Leaving Certificate Examination, 1912
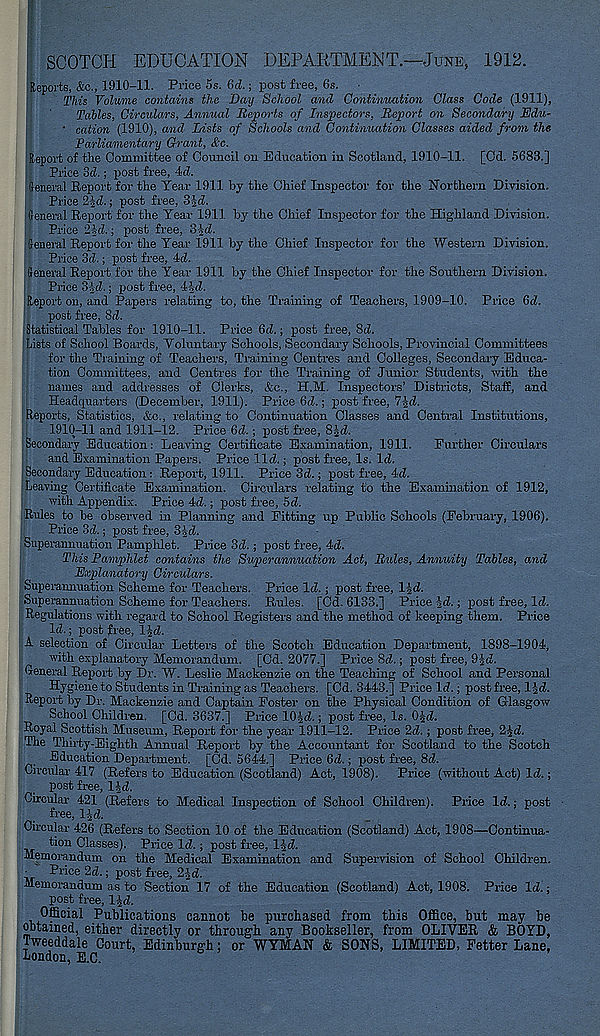
SCOTCH EDUCATION DEPARTMENT.—June, 1912.
Reports, &c., 1910-11. Price 5s. 6d.; post free, 6s.
This Volume contains the Day School and Continuation Class Code (1911),
Tables, Circulars, Annual Reports of Inspectors, Report on Secondary Edu-
• cation (1910), and Lists of Schools and Continuation Classes aided from the
Parliamentary Grant, &c.
Report of the Committee of Council on Education in Scotland, 1910-11. [Cd. 5683.]
Price 3d.; post free, 4d.
Seneral Report for the Tear 1911 by the Chief Inspector for the Northern Division.
Price 2id.; post free, 3id.
(feneral Report for the Year 1911 by the Chief Inspector for the Highland Division.
Px-iee ihd.; post free, 3i-d.
fteneral Report for the Tear 1911 by the Chief Inspector for the Western Division.
Pxice 3d.; post free, 4d.
fieneral Report for the Year 1911 by the Chief Inspector for the Southern Division.
Pi-ice 3id.; post free, lid.
Report on, and Papers relating to, the (training of Teachers, 1909-10. Pi-ice 6d,
post free, 8d.
Statistical Tables for 1910-11. Pi-ice 6d.; post fx-ee, 8d.
Lists of School Boards, Voluntary Schools, Secondary Schools, Provincial Committees
for the Training of Teachers, Ti-aining Centres and Colleges, Secondary Edxica-
tion Committees, and Centres for the Training of Junior Students, with the
names and addx-esses of Clerks, &c., H.M. Inspectors’ Districts, Staff, and
Headquarters (December, 1911). Price 6d.; post fi-ee, 7Jd.
Reports, Statistics, &c., relating to Continuation Classes and Central Institutions,
1910-11 and 1911-12. Price 6d.; post free, 83d.
Secondary Education: Leaving Certificate Examination, 1911. Further Circulars
and Examination Papers. Pi-ice lid.; post fx-ee, Is. Id.
Secondary Education: Report, 1911. Price 3d.; post fx-ee, 4d.
Leaving Cei-tificate Examination. Circulars x-elating to the Examination of 1912,
with Appendix. Price 4d.; post fx-ee, 5d.
Rules to be observed in Planning and Fitting up Public Schools (February, 1906).
Price 3d.; post free, SJd.
Superannuation Pamphlet. Pi-ice 3d.; post free, 4d.
This Pamphlet contains the Superannuation Act, Rules, Annuity Tables, and
Explanatory Circulars.
Superannuation Scheme for Teachers. Price Id.; post fx-ee, l^d.
Superannuation Scheme for Teachers. B,ules. [Cd. 6133.] Price Jd.; post free, Id.
Regulations with regard to School Registers and the method of keeping them. Price
Id.; post fi-ee, IJd.
A selection of Circular Letters of the Scotch Education Department, 1898-1904,
with explanatory Memorandum. [Cd. 2077.] Price 8d.; post free, 9§d.
G-enex-al Report by Dr. W. Leslie Mackenzie on the Teaching of School and Pex-sonal
Hygiene to Students in Ti-aining as Teachers. [Cd. 3443.] Price Id.; post free, IJd.
Repox-t by Dr. Mackenzie and Captain Foster on the Physical Condition of Glasgow
School Childi-en. [Cd. 3637.] Pi-ice lOJd.; post fx-ee, Is. OJd.
Royal Scottish Museum, Report for the year 1911-12. Price 2d.; post free, 23d.
The Thirty-Eighth Annual Repox-t by the Accountant for Scotland to the Scotch
Education Depxax-tment. [Cd. 5644.] Price 6d.; pxosfc free, 8d.
Circular 417 (Refers to Education (Scotland) Act, 1908). Price (without Act) Id.;
post free, lid.
Circular 421 (Refers to Medical Inspection of School Children). Price Id.; post
flGG,
Circular 426 (Refers to Section 10 of the Education (Scotland) Act, 1908—Continua-
tion Classes). Price Id.; post free, l|d.
Memorandum on the Medical Examination and Supex-vision of School Children.
■ Price 2d.; post free, 2id.
Memorandum as to Section 17 of the Education (Scotland) Act, 1908. Price Id.;
post free, IJd.
Official Publications cannot be purchased from this Office, but may be
obtained, either directly or through any Bookseller, from OLIVER & BOYD,
Tweeddale Court, Edinburgh; or WYMAN & SONS, LIMITED, Fetter Lane,
London, E.C.